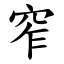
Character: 窄